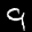
Label: 9